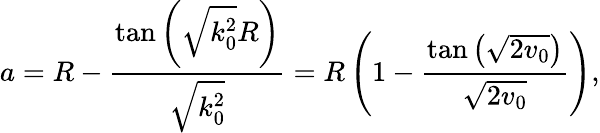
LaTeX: a=R-\frac{\tan\left(\sqrt{k_{0}^{2}}R\right)}{\sqrt{k_{0}^{2}}}=R\left(1-\frac{\tan\left(\sqrt{2v_{0}}\right)}{\sqrt{2v_{0}}}\right),